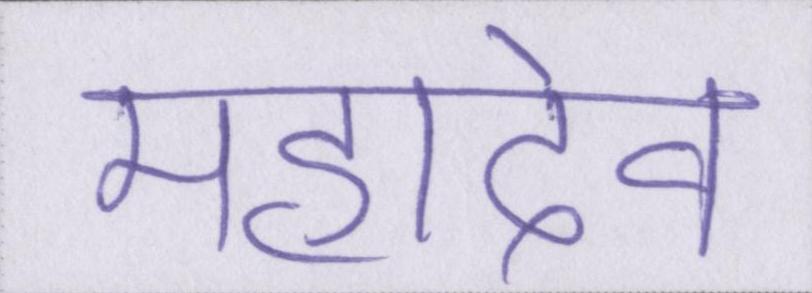
महादेव